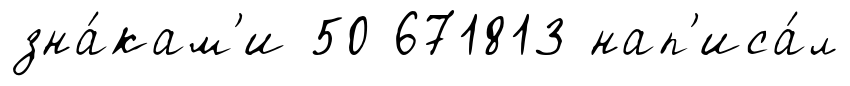
зна́кам'и 50 671813 нап'иса́л